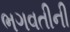
ભગવતીની